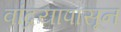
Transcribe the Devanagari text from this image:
वांद्रयापासून